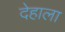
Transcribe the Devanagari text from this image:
देहाला